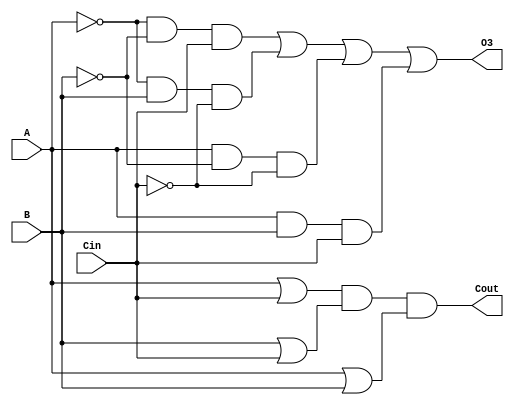
module FullAdder(
	input A,B,
	input Cin,
	output O3,
	output Cout
	);
	
	assign O3 = (~A & ~B & Cin) | (~A & B & ~Cin) | (A & ~B & ~Cin) | (A & B & Cin);
	assign Cout = (A | Cin) & (B | Cin) & (A | B);

endmodule